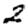
Digit: 2